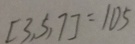
[ 3 , 5 , 7 ] = 1 0 5